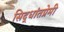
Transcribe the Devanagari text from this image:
सिद्धांतप्रेमी